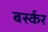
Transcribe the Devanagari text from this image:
बर्स्कर